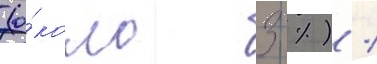
(о́коло 3 %) /